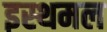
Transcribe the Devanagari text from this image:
इस्थमल